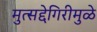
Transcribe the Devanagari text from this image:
मुत्सद्देगिरीमुळे